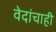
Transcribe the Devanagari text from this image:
वेदांचाही